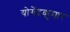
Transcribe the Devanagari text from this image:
योगेंद्रकुमार